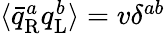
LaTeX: \textstyle\langle{\bar{q}}_{\mathrm{{R}}}^{a}q_{\mathrm{{L}}}^{b}\rangle=v\delta^{ab}